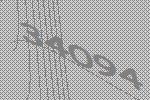
34094